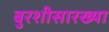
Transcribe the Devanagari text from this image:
बुरशीसारख्या